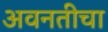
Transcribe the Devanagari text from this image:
अवनतीचा